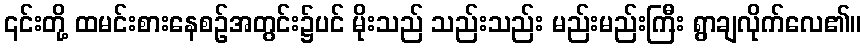
၎င်းတို့ ထမင်းစားနေစဉ်အတွင်း၌ပင် မိုးသည် သည်းသည်း မည်းမည်းကြီး ရွာချလိုက်လေ၏။